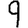
Digit: 9